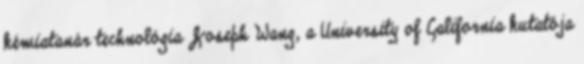
kémiatanár technológia Joseph Wang, a University of California kutatója